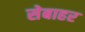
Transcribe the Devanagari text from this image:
सेबाहर